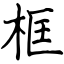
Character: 框